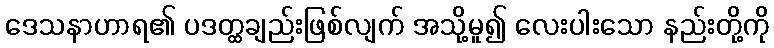
ဒေသနာဟာရ၏ ပဒတ္ထချည်းဖြစ်လျက် အသို့မူ၍ လေးပါးသော နည်းတို့ကို